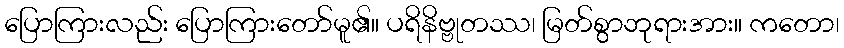
ပြောကြားလည်း ပြောကြားတော်မူ၏။ ပရိနိဗ္ဗုတဿ၊ မြတ်စွာဘုရားအား။ ကတော၊